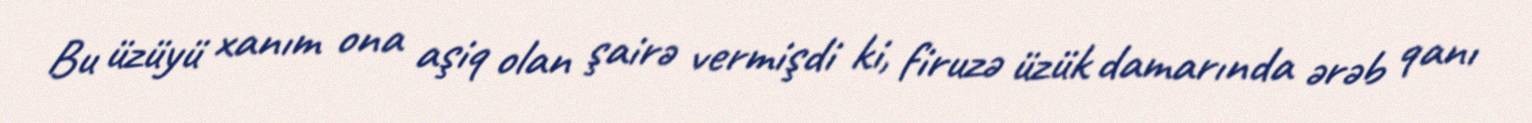
Bu üzüyü xanım ona aşiq olan şairə vermişdi ki, firuzə üzük damarında ərəb qanı